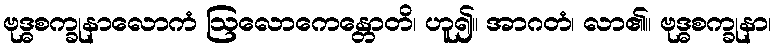
ဗုဒ္ဓစက္ခုနာလောကံ ဩလောကေန္တောတိ၊ ဟူ၍။ အာဂတံ၊ လာ၏။ ဗုဒ္ဓစက္ခုနာ၊